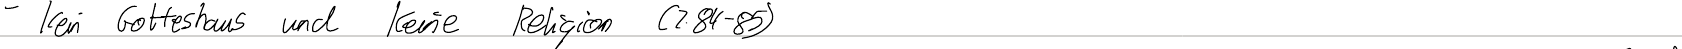
- kein Gotteshaus und keine Religion (Z.84-85)